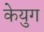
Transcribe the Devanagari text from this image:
केयुग